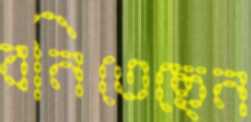
বনিতেছেন